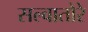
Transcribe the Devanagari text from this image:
सल्वातोरे